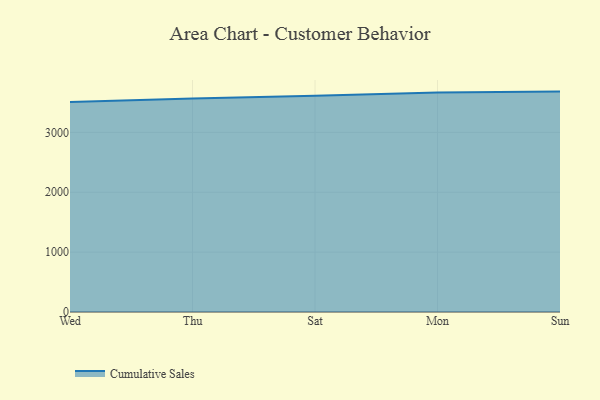
{"axis": {"x": "Day", "y": "Headcount"}, "legend": ["Cumulative Sales"], "data": [{"x": "Wed", "y": 3505.8, "type": "Cumulative Sales"}, {"x": "Thu", "y": 3567.2, "type": "Cumulative Sales"}, {"x": "Sat", "y": 3611.6, "type": "Cumulative Sales"}, {"x": "Mon", "y": 3665.3, "type": "Cumulative Sales"}, {"x": "Sun", "y": 3681.0, "type": "Cumulative Sales"}]}